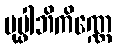
ပုပ္ဖါဘိကိဏ္ဏေ